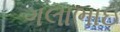
ગલાભાઇ